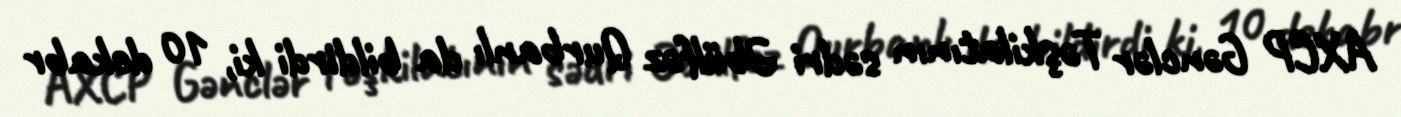
AXCP Gənclər Təşkilatının sədri Əbülfəz Qurbanlı da bildirdi ki, 10 dekabr